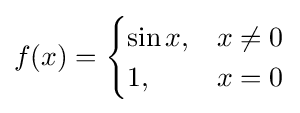
f(x)={\begin{cases}\sin x,&x\neq 0\\1,&x=0\end{cases}}